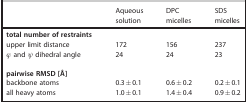
|  | Aqueous solution | DPC micelles | SDS micelles |
 | --- | --- | --- | --- |
 | total number of restraints |  |  |  |
 | upper limit distance | 172 | 156 | 237 |
 | φ and ψ dihedral angle | 24 | 24 | 23 |
 | pairwise RMSD [Å] |  |  |  |
 | backbone atoms | 0.3±0.1 | 0.6±0.2 | 0.2±0.1 |
 | all heavy atoms | 1.0±0.1 | 1.4±0.4 | 0.9±0.2 |